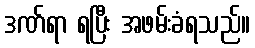
ဒဏ်ရာ ရပြီး အဖမ်းခံရသည်။